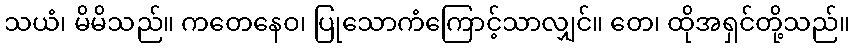
သယံ၊ မိမိသည်။ ကတေနေဝ၊ ပြုသောကံကြောင့်သာလျှင်။ တေ၊ ထိုအရှင်တို့သည်။